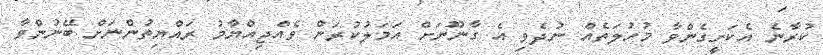
ކުރާނެ އެކަށީގެންވާ މުހުލަތެއް ނުދެވި އެ ގާނޫނަށް އަމަލުކުރަން ވެއްޖިއްޔާމު ރައްޔިތުންނަށް ބޭނުންވާ